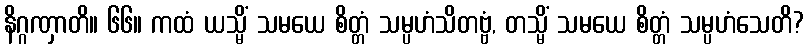
နိဂ္ဂဏှာတိ။ ၆၆။ ကထံ ယသ္မိံ သမယေ စိတ္တံ သမ္ပဟံသိတဗ္ဗံ, တသ္မိံ သမယေ စိတ္တံ သမ္ပဟံသေတိ?